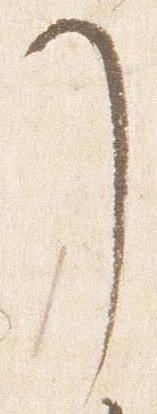
了